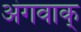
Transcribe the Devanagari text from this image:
अंगवाक्